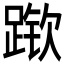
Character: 𲃶